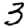
Digit: 3